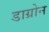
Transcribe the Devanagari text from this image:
डाग्रोन